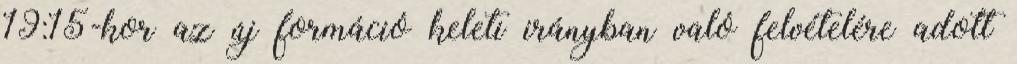
19:15-kor az új formáció keleti irányban való felvételére adott